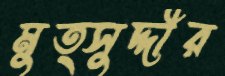
মুত্সুদ্দীর